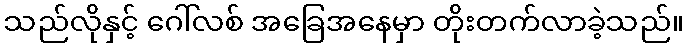
သည်လိုနှင့် ဂေါ်လစ် အခြေအနေမှာ တိုးတက်လာခဲ့သည်။